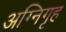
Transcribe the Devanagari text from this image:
अग्निगृह